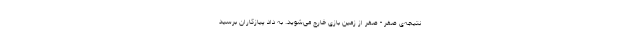
نتیجه‌ی صفر - صفر از زمین بازی خارج می‌شوید. به داد پیازکاران برسید